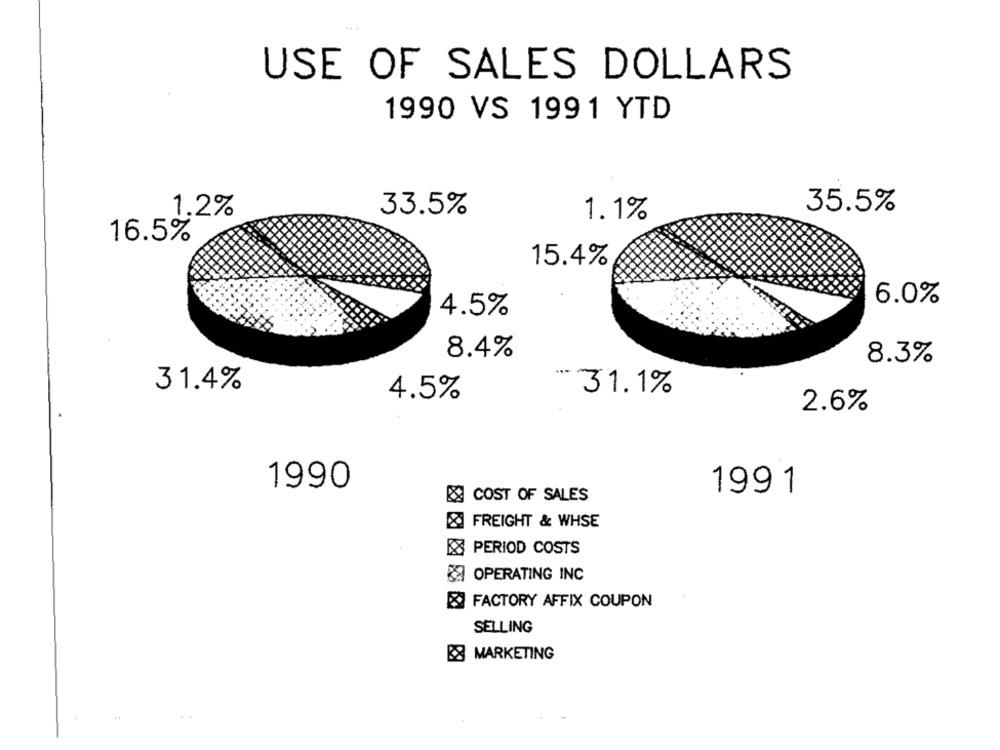
USE OF SALES DOLLARS
1990 VS 1991 YTD
35.5%
1.2%
33.5%
1.1%
16.5%
15.4%
6.0%
4.5%
8.4%
8.3%
31.4%
4.5%
- 31.1%
2.6%
1990
199 1
COST OF SALES
& FREIGHT & WHSE
EX PERIOD COSTS
OPERATING INC
FACTORY AFFIX COUPON
SELLING
8 MARKETING